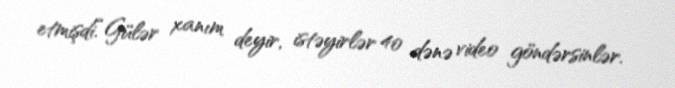
etmişdi.“Gülər xanım deyir, istəyirlər 40 dənə video göndərsinlər.